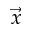
\vec { x }